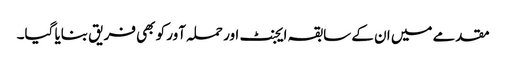
مقدمے میں ان کے سابقہ ایجنٹ اور حملہ آور کو بھی فریق بنایا گیا۔